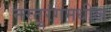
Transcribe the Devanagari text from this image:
नरतुरंगमधील